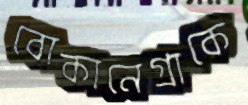
বোকানেগ্রাকে